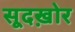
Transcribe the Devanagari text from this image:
सूदख़ोर